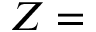
Z =